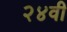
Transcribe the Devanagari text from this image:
२४वी